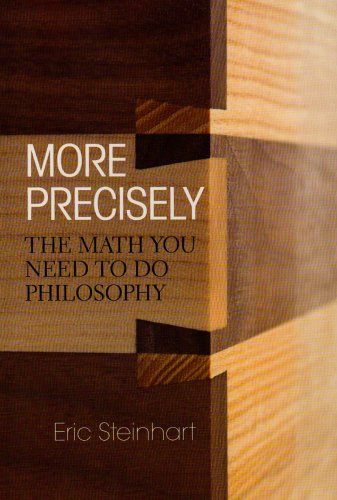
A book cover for More Precisely: The Math You Need to Do Philosophy; Eric Steinhart; Politics & Social Sciences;